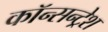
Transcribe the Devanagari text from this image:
कॉन्सन्ट्रेश